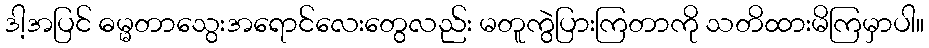
ဒါ့အပြင် ဓမ္မတာသွေးအရောင်လေးတွေလည်း မတူကွဲပြားကြတာကို သတိထားမိကြမှာပါ။